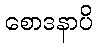
စောဒနာပိ